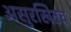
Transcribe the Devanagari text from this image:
असुरखितच